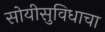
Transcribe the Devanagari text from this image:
सोयीसुविधाचा